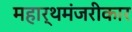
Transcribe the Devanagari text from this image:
महार्थमंजरीकार